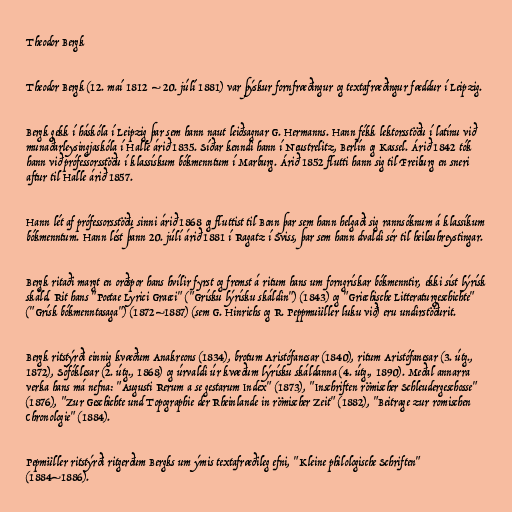
Theodor Bergk

Theodor Bergk (12. maí 1812 – 20. júlí 1881) var þýskur fornfræðingur og textafræðingur fæddur í Leipzig.

Bergk gekk í háskóla í Leipzig þar sem hann naut leiðsagnar G. Hermanns. Hann fékk lektorsstöðu í latínu við
munaðarleysingjaskóla í Halle árið 1835. Síðar kenndi hann í Neustrelitz, Berlín og Kassel. Árið 1842 tók
hann við prófessorsstöðu í klassískum bókmenntum í Marburg. Árið 1852 flutti hann sig til Freiburg en sneri
aftur til Halle árið 1857.

Hann lét af prófessorsstöðu sinni árið 1868 og fluttist til Bonn þar sem hann helgaði sig rannsóknum á klassíkum
bókmenntum. Hann lést þann 20. júlí árið 1881 í Ragatz í Sviss, þar sem hann dvaldi sér til heilsuhreystingar.

Bergk ritaði margt en orðspor hans hvílir fyrst og fremst á ritum hans um forngrískar bókmenntir, ekki síst lýrísk
skáld. Rit hans "Poetae Lyrici Graeci" ("Grísku lýrísku skáldin") (1843) og "Griechische Litteraturgeschichte"
("Grísk bókmenntasaga") (1872–1887) (sem G. Hinrichs og R. Peppmuüller luku við) eru undirstöðurit.

Bergk ritstýrði einnig kvæðum Anakreons (1834), brotum Aristófanesar (1840), ritum Aristófanesar (3. útg.,
1872), Sófóklesar (2. útg., 1868) og úrvaldi úr kvæðum lýrísku skáldanna (4. útg., 1890). Meðal annarra
verka hans má nefna: "Augusti Rerum a se gestarum Index" (1873), "Inschriften römischer Schleudergeschosse"
(1876), "Zur Geschichte und Topographie der Rheinlande in römischer Zeit" (1882), "Beitrage zur romischen
Chronologie" (1884).

Pepmüller ritstýrði ritgerðum Bergks um ýmis textafræðileg efni, "Kleine philologische Schriften"
(1884–1886).